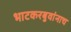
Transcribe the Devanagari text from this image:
भाटकरबुवांनाच